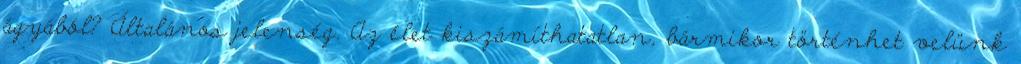
ágyából? Általános jelenség. Az élet kiszámíthatatlan, bármikor történhet velünk